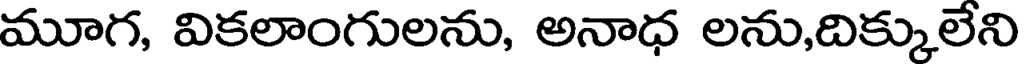
మూగ, వికలాంగులను, అనాధ లను,దిక్కులేని